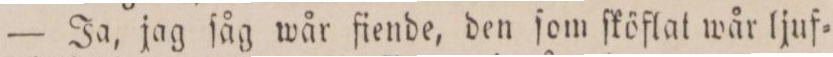
— Ja, jag ſåg wår fiende, den ſom ſköflat wår ljuf=